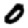
Digit: 0